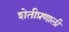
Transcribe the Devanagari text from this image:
शेतीप्रणाली